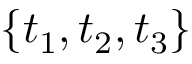
\{ t _ { 1 } , t _ { 2 } , t _ { 3 } \}